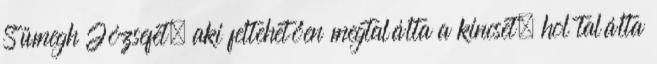
Sümegh Józsefet, aki feltehetően megtalálta a kincset, hol találta